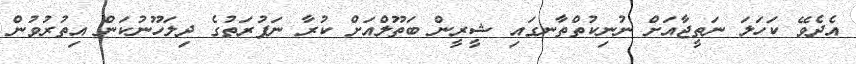
އެދެވޭ ކަހަލަ ނަތީޖާއަށް ނުނިކުތްތާނގައި ޝީރީން ބަތޫލްއަށް ކުރާ ނަފުރަތުގެ ދިލަހޫނުކަން އިތުރުވުން